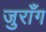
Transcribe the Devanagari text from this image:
जुराँग